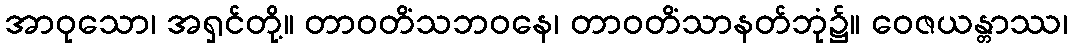
အာဝုသော၊ အရှင်တို့။ တာဝတိံသဘဝနေ၊ တာဝတိံသာနတ်ဘုံ၌။ ဝေဇယန္တာဿ၊